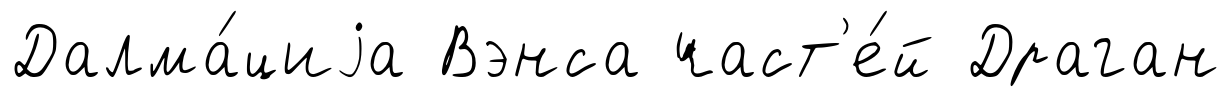
Далма́циjа Вэнса част'е́й Драган